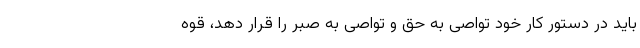
باید در دستور کار خود تواصی به حق و تواصی به صبر را قرار دهد، قوه